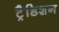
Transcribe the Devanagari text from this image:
ट्रैडिशन